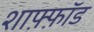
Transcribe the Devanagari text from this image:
शाफ़्फ़ॉड